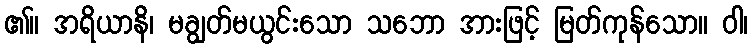
၏။ အရိယာနိ၊ မချွတ်မယွင်းသော သဘော အားဖြင့် မြတ်ကုန်သော။ ဝါ၊